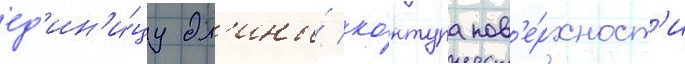
ед'ин'и́цу дл'ины́ ко́нтура пов'е́рхност'и